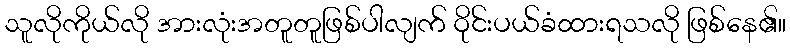
သူလိုကိုယ်လို အားလုံးအတူတူဖြစ်ပါလျက် ဝိုင်းပယ်ခံထားရသလို ဖြစ်နေ၏။